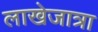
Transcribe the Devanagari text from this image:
लाखेजात्रा